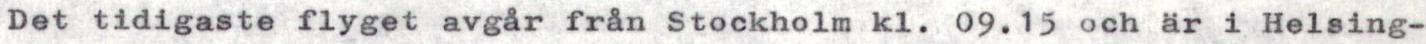
Det tidigaste flyget avgår från Stockholm kl. 09.15 och är i Helsing-